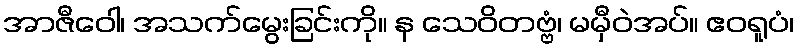
အာဇီဝေါ၊ အသက်မွေးခြင်းကို။ န သေဝိတဗ္ဗံ၊ မမှီဝဲအပ်။ ဧဝရူပံ၊